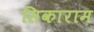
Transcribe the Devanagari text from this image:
सिकाराम